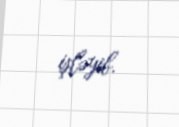
işləyib.